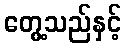
တွေ့သည်နှင့်